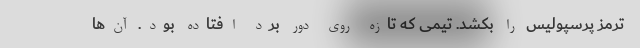
ترمز پرسپولیس را بکشد. تیمی که تازه روی دور برد افتاده بود. آن‌ها